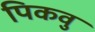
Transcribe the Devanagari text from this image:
पिकवु